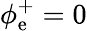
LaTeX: \phi_{\mathrm{e}}^{+}=0